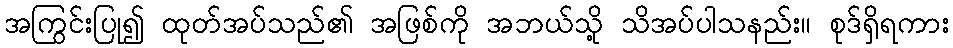
အကြွင်းပြု၍ ထုတ်အပ်သည်၏ အဖြစ်ကို အဘယ်သို့ သိအပ်ပါသနည်း။ စုဒ်ရှိရကား